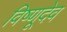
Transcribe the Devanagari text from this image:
विष्णूदेव